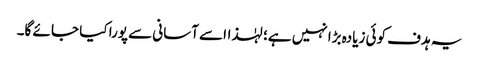
یہ ہدف کوئی زیادہ بڑا نہیں ہے؛ لہٰذااسے آسانی سے پورا کیا جا ئے گا۔